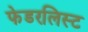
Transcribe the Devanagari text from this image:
फेडरलिस्ट